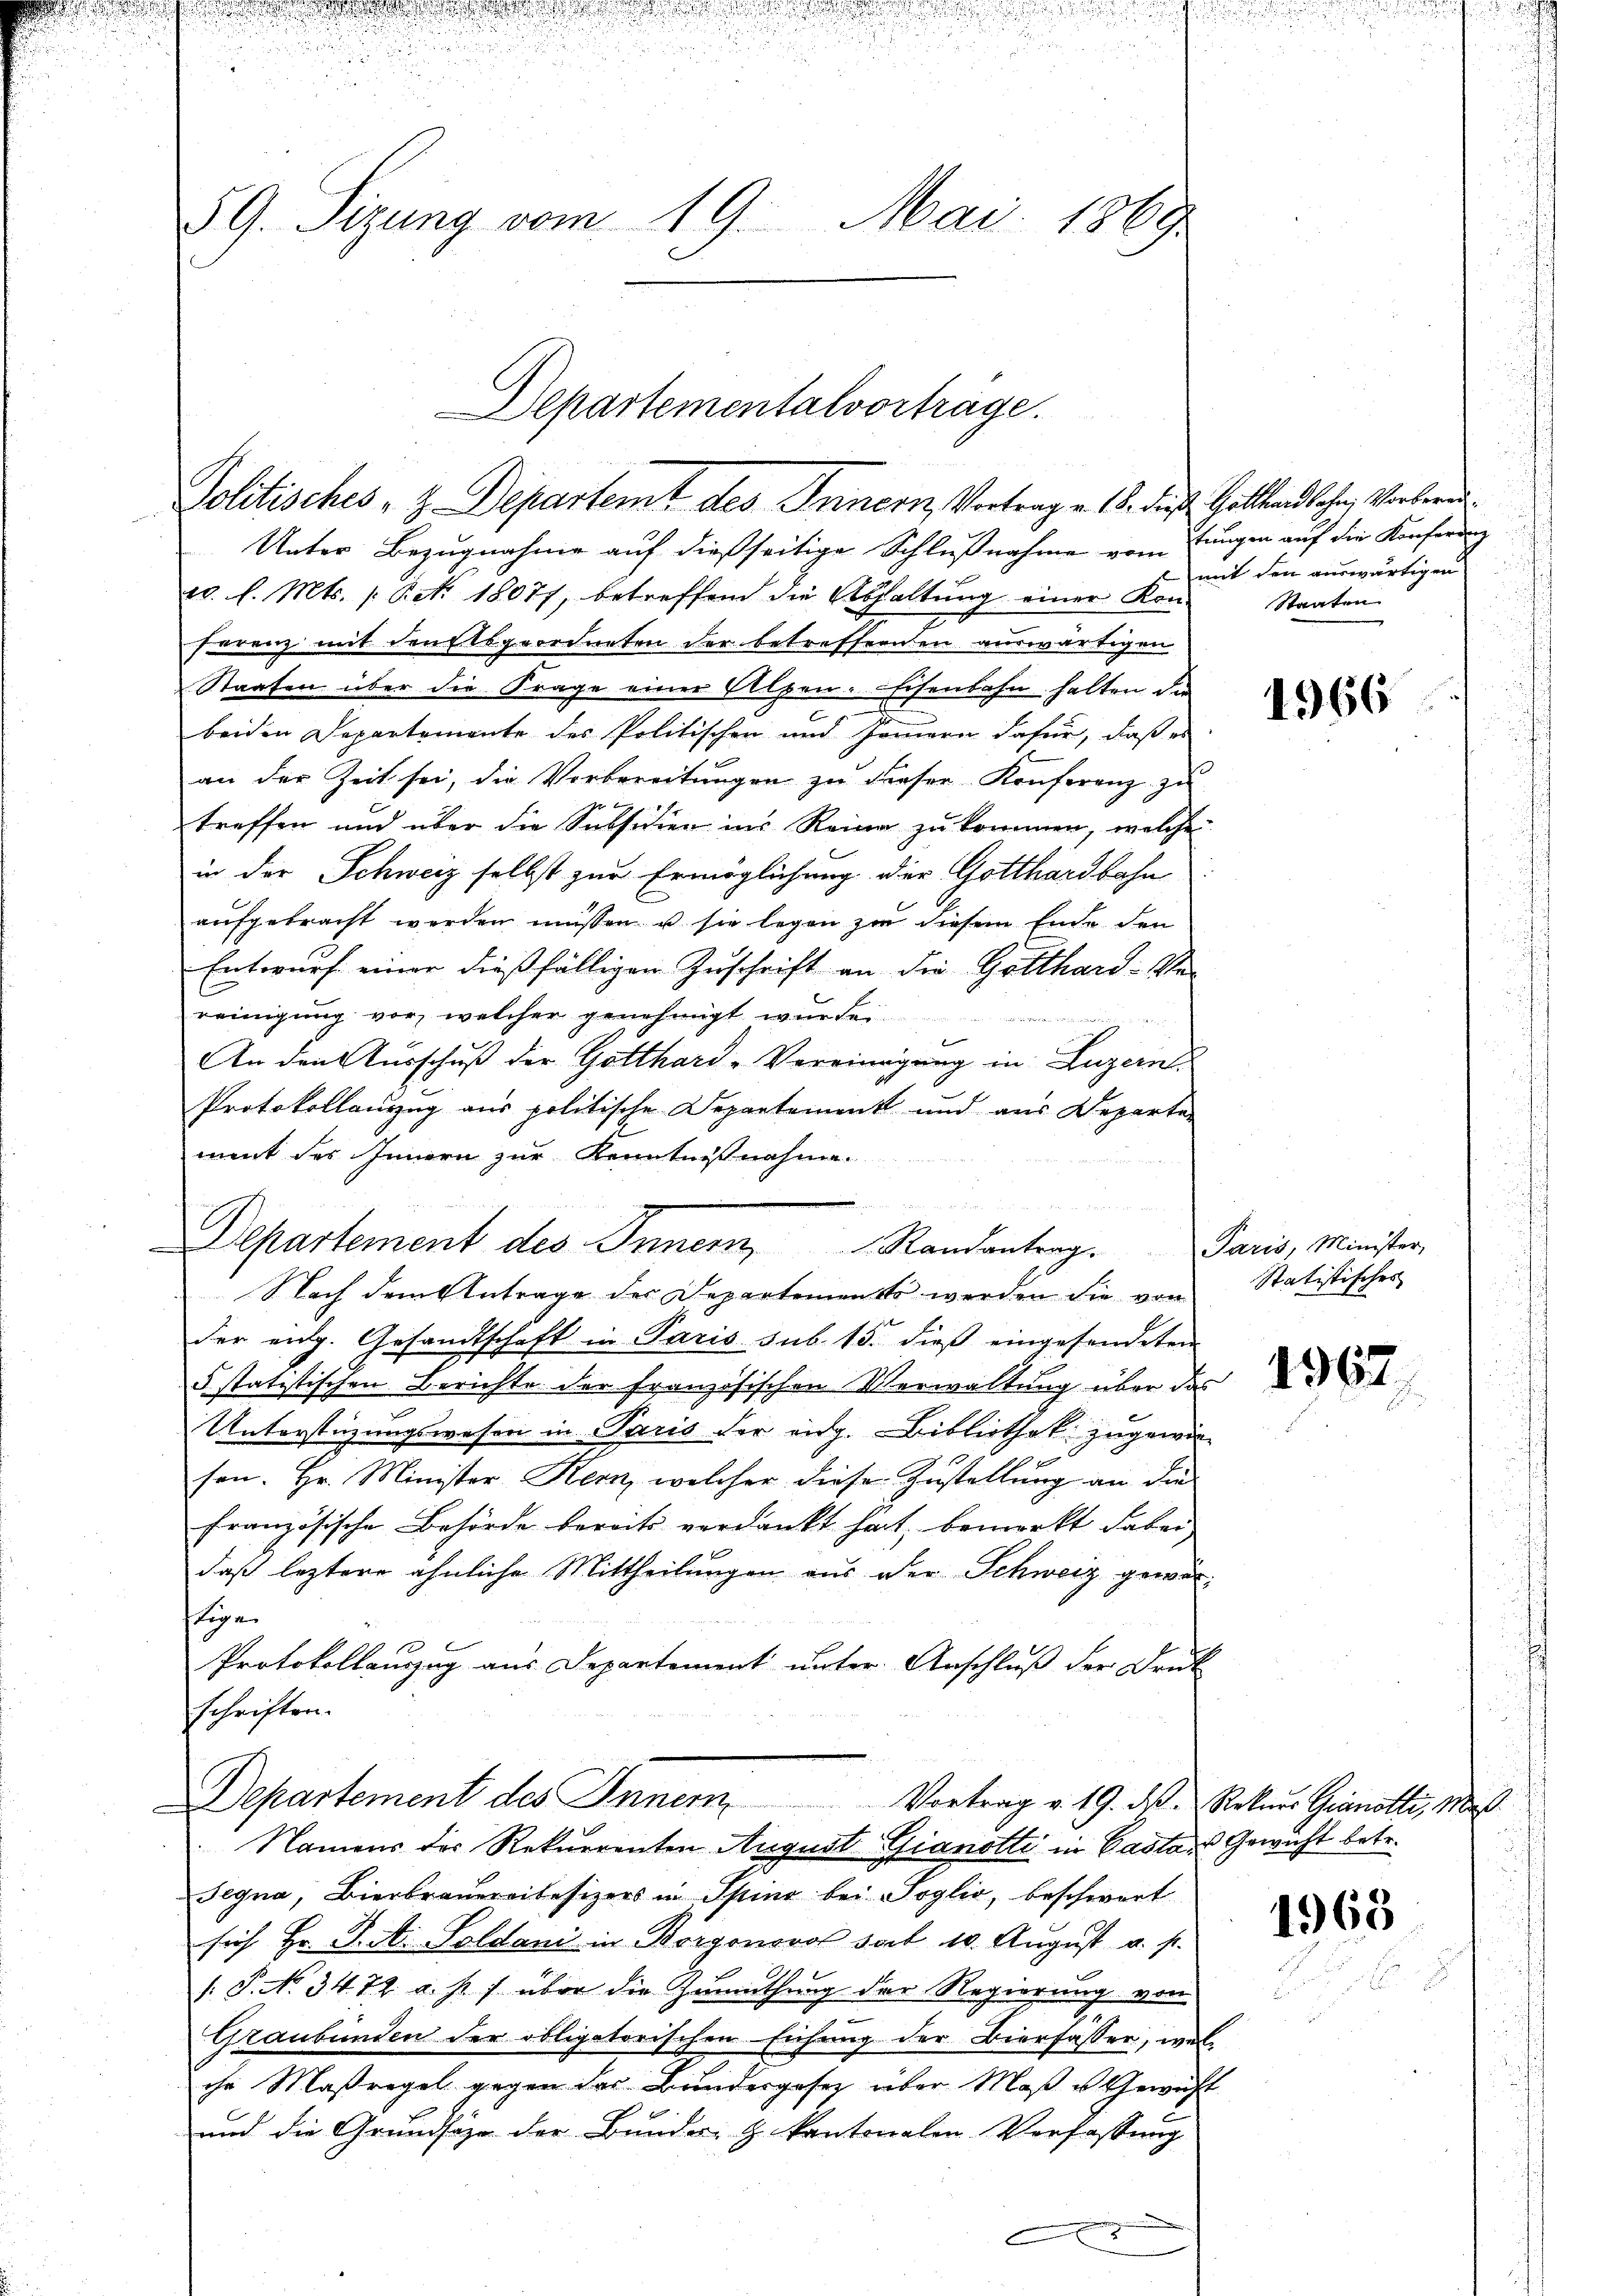
89. Sizung vom 19. Mai 1869

Departementalvortrage.
Politisches, z. Departemt des Innern, Vertrag v. 18. dieß Gottland lehn, Verbern

Unter Bezugnahme auf dießseitige Schlußnahme vom
10. l. Mts. /: Pct. 18077, betreffend die Abhaltung einer Kon
ferenz mit den Elsgeordneten der betreffenden auswärtigen
Staaten über die Frage einer Alpen. Eisenbahn halten die
beiden Departemente des Politischen und Jammern dafür, daß es
an der Zeit sei, die Vorbereitŭngen zu dieser Konferenz zu
treffen und über die Subsidien ins Reine zu kommen, welche
in der Schweiz selbst zur Ermöglichung der Gotthardbahn
aufgebracht werden müssen u. sie legen zu diesem Ende den
Entwurf einer dießfälligen Zuschrift an die Gotthard-Ve
reinigung vor, welcher genehmigt würde.
t
An den Ausschuß der Gotthard-Vereinigung in Luzern
Protokollauszug aus politische Departement und aus Departen
ment des Innern zur Kenntnisnahme.

der eng. Gesandtschaft in Paris sub 15. dieβ eingesendeten
5 statistischen Berichte der französischen Verwaltung über das
Unterstüzungswesen in Paris der eig. Bibliothek zugewie¬
7
sen. Hr. Minister Kern, welcher diese Zustellung an die
französische Behörde bereits verdankt hat, bemerkt dabei
daß leztere ähnliche Mittheilungen aus der Schweiz gewestigen
Protokollauszug aus Departement unter Anschluß der Dri
schriften.
Departement des Inner
Namens des Rekurrenten August Gianotti in Pastors Gewicht betr.
Segna, Bierbraueraitesizers in Spino bei Soglio, beschwert
sich Hr. Tit. Soldani in Borgonsnot seit 10. August u. s.
11
/: P. No 3472 a. p.) über die Zumuthung der Regierung von
Graubünden der obligatorischen Eichung der Bierfasser, we
ihr Maßregel gegen der Bundesgesez über Maß u Gewe
und die Grundsäge der Bundes- & kantonalen Verfassung
e

Departement des Innern Randantrag
Nach dem Antrage der Departements werden die von

tungen auf die Konferenz
mit den auswärtigen
Staaten

4966

Paris, Minister,
Statistisches

4967.

Vortrag v. 19. ds. Rekurs Granotli, Maß

1968